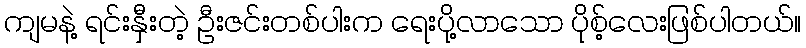
ကျမနဲ့ ရင်းနှီးတဲ့ ဦးဇင်းတစ်ပါးက ရေးပို့လာသော ပိုစ့်လေးဖြစ်ပါတယ်။